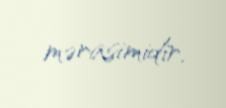
mərasimidir.